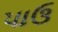
પાઉ